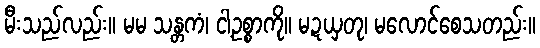
မီးသည်လည်း။ မမ သန္တကံ၊ ငါ့ဥစ္စာကို။ မဍယှတု၊ မလောင်စေသတည်း။